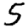
Digit: 5